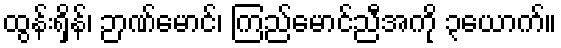
ထွန်းရှိန်၊ ဉာဏ်မောင်၊ ကြည်မောင်ညီအကို ၃ယောက်။